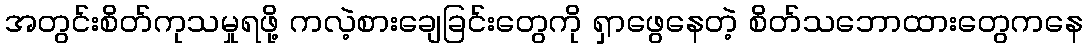
အတွင်းစိတ်ကုသမှုရဖို့ ကလဲ့စားချေခြင်းတွေကို ရှာဖွေနေတဲ့ စိတ်သဘောထားတွေကနေ